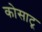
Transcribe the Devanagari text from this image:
कोसाटू